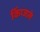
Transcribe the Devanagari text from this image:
किंग्जले